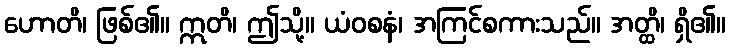
ဟောတိ၊ ဖြစ်၏။ ဣတိ၊ ဤသို့။ ယံဝစနံ၊ အကြင်စကားသည်။ အတ္ထိ၊ ရှိ၏။